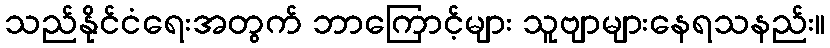
သည်နိုင်ငံရေးအတွက် ဘာကြောင့်များ သူဗျာများနေရသနည်း။